Lunatic asylums Burma 1907-21 - 1907-1921
Year: 1907
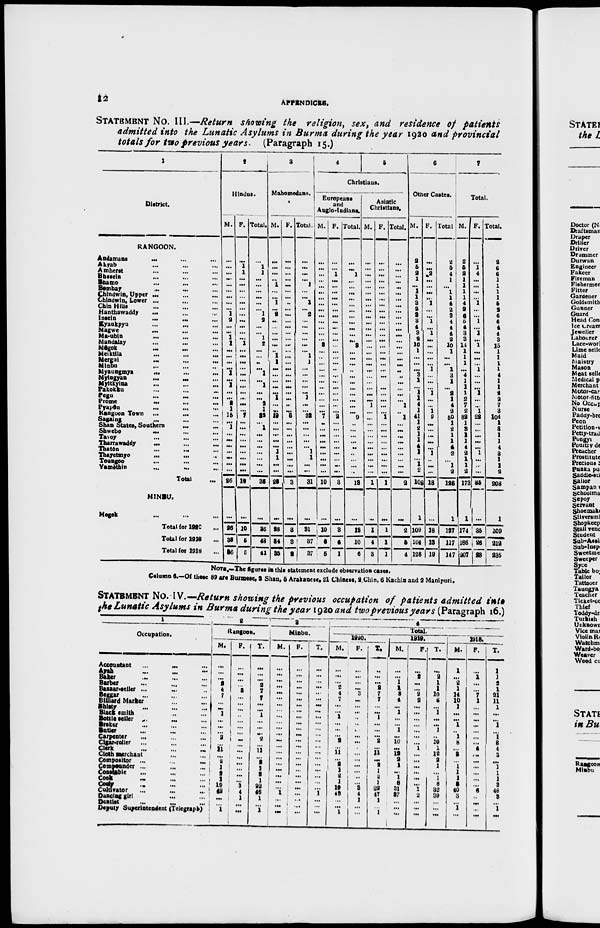
12
APPENDICES.
STATEMENT No. III.—Return showing the religion, sex, and residence of patients
admitted into the Lunatic Asylums in Burma during the year 1920 and provincial
totals for two previous years. (Paragraph 15.)
1
District.
RANGOON.
Andamans
...
...
...
Akyab ... ... ...
Amherst ... ... ...
Bhssein ... ... ...
Bhamo
...
... ...
Bombay
...
...
...
Chindwin, Upper
...
...
...
Chindwin, Lower ... ... ...
Chin Hills ... ... ...
Hanthawaddy
...
...
...
Insein
...
...
...
Kyaukpyu ... ... ...
Magwe
... ... ...
Ma-ubin
...
...
...
Mandalay ... ... ...
Môgok
...
...
...
Meiktila ... ... ...
Mergul ... ... ...
Minbu ... ... ...
Myaungmya ... ... ...
Myingyan
...
...
...
Myitkyina ... ... ...
Pakokku ... ... ...
Pegu
...
...
...
Prome
...
...
...
Pyapôn
...
...
...
Rangoon Town
... ... ...
Sagaing
... ... ...
Shan States, Southern ... ...
Shwebo ... ... ...
Tavoy ... ... ...
Tharrawaddy
...
...
...
Thatôn ... ... ...
Thayetmyo
... ... ...
Toungoo ... ... ...
Yamòthin
...
... ...
Total ...
MINBU.
Mogok ... ... ...
Total for 1920 ...
Total for 1918 ...
Total for 1918 ...
2
Hindus.
M.
...
...
...
...
...
...
...
...
...
1
2
...
...
1
1
...
...
...
...
1
...
1
...
...
2
1
15
...
1
...
...
...
...
...
...
...
26
...
26
38
36
F.
...
1
1
...
...
...
...
...
...
...
...
...
...
...
1
...
...
...
...
...
...
...
...
...
...
...
7
...
...
...
...
...
...
...
...
...
10
...
10
5
5
Total.
...
1
1
...
...
...
...
...
...
1
2
...
...
1
2
...
...
...
...
1
...
1
...
...
2
1
22
...
1
...
...
...
...
...
...
...
36
...
26
43
41
3
Mahomedans.
M.
...
...
...
...
1
...
...
1
...
2
...
...
...
...
...
..
1
1
...
...
...
...
...
1
...
...
19
...
...
...
...
...
1
1
...
...
28
...
28
34
35
F.
...
...
...
...
...
...
...
...
...
...
...
...
...
...
...
...
...
...
...
...
...
...
...
...
...
...
3
...
...
...
...
...
...
...
...
...
3
...
3
3
2
Total.
...
...
...
...
1
...
...
1
...
2
...
...
...
...
...
...
1
1
...
...
...
...
...
1
...
...
22
...
...
...
...
...
1
1
...
...
31
...
31
37
37
4
5
Christians.
Europeans
and
Anglo-Indians.
M.
...
...
...
...
...
...
...
...
...
...
...
...
...
...
3
...
...
...
...
...
...
...
...
...
...
...
7
...
...
...
...
...
...
...
...
...
10
...
10
6
5
F.
...
...
1
...
...
...
...
...
...
...
...
...
...
...
...
...
...
...
...
...
...
...
...
...
...
...
2
...
...
...
...
...
...
...
...
...
3
...
3
4
1
Total.
...
...
1
...
...
...
...
...
...
...
...
...
...
...
3
...
...
...
...
...
...
...
...
...
...
...
9
..
...
...
...
...
...
...
...
...
13
...
13
10
6
Asiatic
Christians.
M.
...
...
...
...
...
...
...
...
...
...
...
...
...
...
...
...
...
...
...
...
...
...
...
...
1
...
...
...
...
...
...
...
...
...
...
...
1
...
1
4
3
F.
...
...
...
...
...
...
...
...
...
...
...
...
...
...
...
...
...
...
...
...
...
...
...
...
...
...
1
...
...
...
...
...
...
...
...
...
1
...
1
1
1
Total.
...
...
...
...
...
...
...
...
...
...
...
...
...
...
...
...
...
...
...
...
...
...
...
...
1
..
1
...
...
...
...
...
...
...
...
...
2
...
2
5
4
6
Other Castes.
M.
2
5
2
1
...
1
1
3
2
3
3
4
3
2
10
1
...
...
...
3
1
...
1
1
4
1
41
1
2
1
1
4
1
...
1
2
108
1
109
104
128
F.
...
...
2
...
...
...
...
1
...
...
1
...
1
...
...
...
...
...
1
...
...
...
1
...
...
1
9
...
...
...
...
...
1
..
...
...
18
...
18
13
19
Total.
2
5
4
1
...
1
1
4
2
3
4
4
4
2
10
1
...
...
1
3
1
...
2
1
4
2
50
1
2
1
1
4
2
...
1
2
126
1
127
117
147
7
Total.
M.
2
5
2
1
1
1
1
4
2
6
5
4
3
3
14
1
1
1
...
4
1
1
1
2
7
2
82
1
3
1
1
4
2
1
1
2
173
1
174
186
207
F.
...
1
4
...
...
...
...
1
...
...
1
...
1
...
1
...
...
...
1
...
...
...
1
...
...
1
22
...
...
...
...
...
1
...
...
...
35
...
35
26
28
Total.
2
6
6
1
1
1
1
5
2
6
6
4
4
3
15
1
1
1
1
4
1
1
2
2
7
3
104
1
3
1
1
4
3
1
1
2
208
1
209
212
235
NOTE.—The figures in this statement exclude observation cases.
Column 6.—Of these 89 are Burmese, 2 Shan, 6 Arakanese, 21 Chinese, 2 Chin, 6 Kachin and 2 Manipuri.
STATEMENT No. IV.—Return showing the previous occupation of patients admitted into
the Lunatic Asylums in Burma during the year 1920 and two previous years (Paragraph 16.)
1
Occupation.
Accountant
...
...
...
Ayah ... ... ...
Baker
...
...
...
Barber ... ... ...
Bazaar-seller ... ... ...
Beggar ... ... ...
Billiard Marker ... ...
Bhisty ... ... ...
Black smith ... ... ...
Bottle seller
...
... ...
Broker ... ... ...
Butler ... ... ...
Carpenter
... ... ...
Cigar-roller ... ... ...
Clerk
...
...
...
Cloth merchant ... ...
Compositor ...
...
...
Compounder ...
...
...
Constable ... ... ...
Cook
... ... ...
Cooly
...
...
...
Cultivator ... ... ...
Dancing girl ... ...
Dentist ... ... ...
Deputy Superintendent (Telegraph)
2
Rangoon.
M.
...
...
...
2
4
7
...
...
1
...
...
...
2
...
11
...
2
1
2
1
19
42
...
...
1
F.
...
...
...
...
3
...
...
...
...
...
...
...
...
...
...
...
...
...
...
...
3
4
1
...
...
T.
...
...
...
2
7
7
...
...
1
...
...
...
2
...
11
...
2
1
2
1
22
46
1
...
1
3
Minbu.
M.
...
...
...
...
...
...
...
...
...
...
...
...
...
...
...
...
...
...
...
...
...
1
...
...
...
F.
...
...
...
...
...
...
...
...
...
...
...
...
...
...
...
...
...
...
...
...
...
...
...
...
...
T.
...
...
...
...
...
...
...
...
...
...
...
...
...
...
...
...
...
...
...
...
...
1
...
...
...
4
Total.
1920.
M.
...
...
...
2
4
7
...
...
1
...
...
...
2
...
11
...
2
1
2
1
19
43
...
...
1
F.
...
...
...
...
3
...
...
...
...
...
...
...
...
...
...
...
...
...
...
...
3
4
1
...
...
T.
...
...
...
2
7
7
...
...
1
...
...
...
2
...
11
...
2
1
2
1
22
47
1
...
1
1919.
M.
...
...
1
1
8
4
...
1
...
...
1
...
10
...
12
2
1
...
1
8
31
37
...
...
...
F.
...
2
...
...
2
2
...
...
...
...
...
...
...
1
...
...
...
...
...
...
1
2
...
...
T.
...
2
1
1
10
6
...
1
...
...
1
...
10
1
12
2
1
...
1
8
32
39
...
...
...
1918.
M.
1
...
2
1
14
10
1
...
...
1
...
1
8
...
3
...
1
1
1
3
40
3
...
1
...
F.
...
1
...
...
7
1
...
...
...
...
...
...
...
4
...
...
...
...
...
...
6
...
...
...
...
T.
1
1
2
1
21
11
1
...
...
1
...
1
8
4
3
...
1
1
1
3
46
3
...
1
...